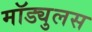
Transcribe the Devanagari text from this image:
मॉड्युलस